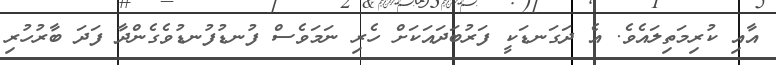
އާއި ކުރިމަތިލައެވެ. އެ ދަގަނޑަކީ ފަރުބަދައަކަށް ހެރި ނަމަވެސް ފުނޑުފުނޑުވެގެންދާ ފަދަ ބާރުހުރި